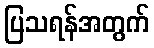
ပြသရန်အတွက်